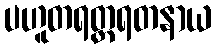
ပဟူတရတ္တရတနာယ